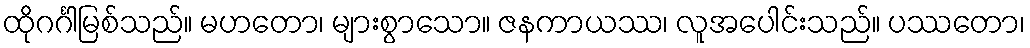
ထိုဂင်္ဂါမြစ်သည်။ မဟတော၊ များစွာသော။ ဇနကာယဿ၊ လူအပေါင်းသည်။ ပဿတော၊